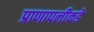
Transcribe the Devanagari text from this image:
प्राणापलीकडे